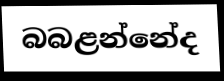
බබළන්නේද